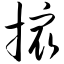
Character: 撮